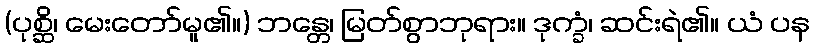
(ပုစ္ဆိ၊ မေးတော်မူ၏။) ဘန္တေ၊ မြတ်စွာဘုရား။ ဒုက္ခံ၊ ဆင်းရဲ၏။ ယံ ပန